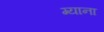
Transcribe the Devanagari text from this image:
ग्याना